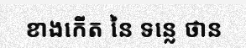
ខាងកើត នៃ ទន្លេ ថាន